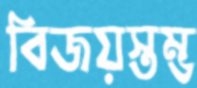
বিজয়স্তম্ভ